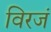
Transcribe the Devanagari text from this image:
विरजं